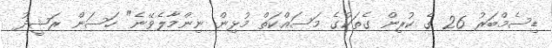
ޑިސެމްބަރު 26 ގެ ކުރިން ގެތަކުގެ މަސައްކަތް މުޅިން ނިންމާލެވޭނެ" ހަސަން ރަޝީދު